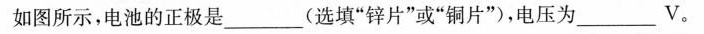
如图所示，电池的正极是___(选填”锌片”或”铜片”)，电压为___V。